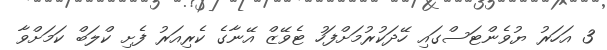
3 އަހަރު ޔުވެންޓަސްގައި ހޭދަކުރުމަށްފަހު ޓެވޭޒް އޭނާގެ ކެރިއަރު ފެށި ކްލަބް ކަމަށްވާ